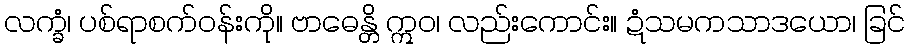
လက္ခံ၊ ပစ်ရာစက်ဝန်းကို။ ဗာဓေန္တိ ဣဝ၊ လည်းကောင်း။ ဍံသမကသာဒယော၊ ခြင်